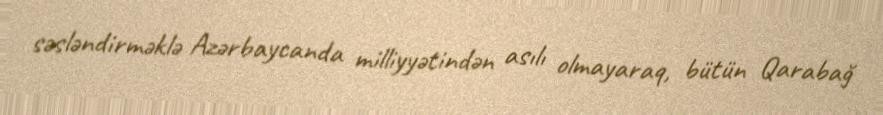
səsləndirməklə Azərbaycanda milliyyətindən asılı olmayaraq, bütün Qarabağ